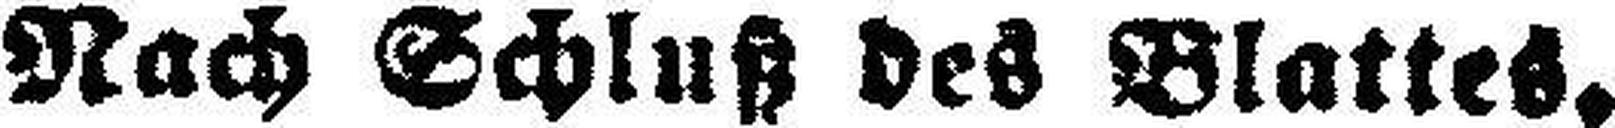
Nach Schluß des Blattes.